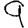
Digit: 9